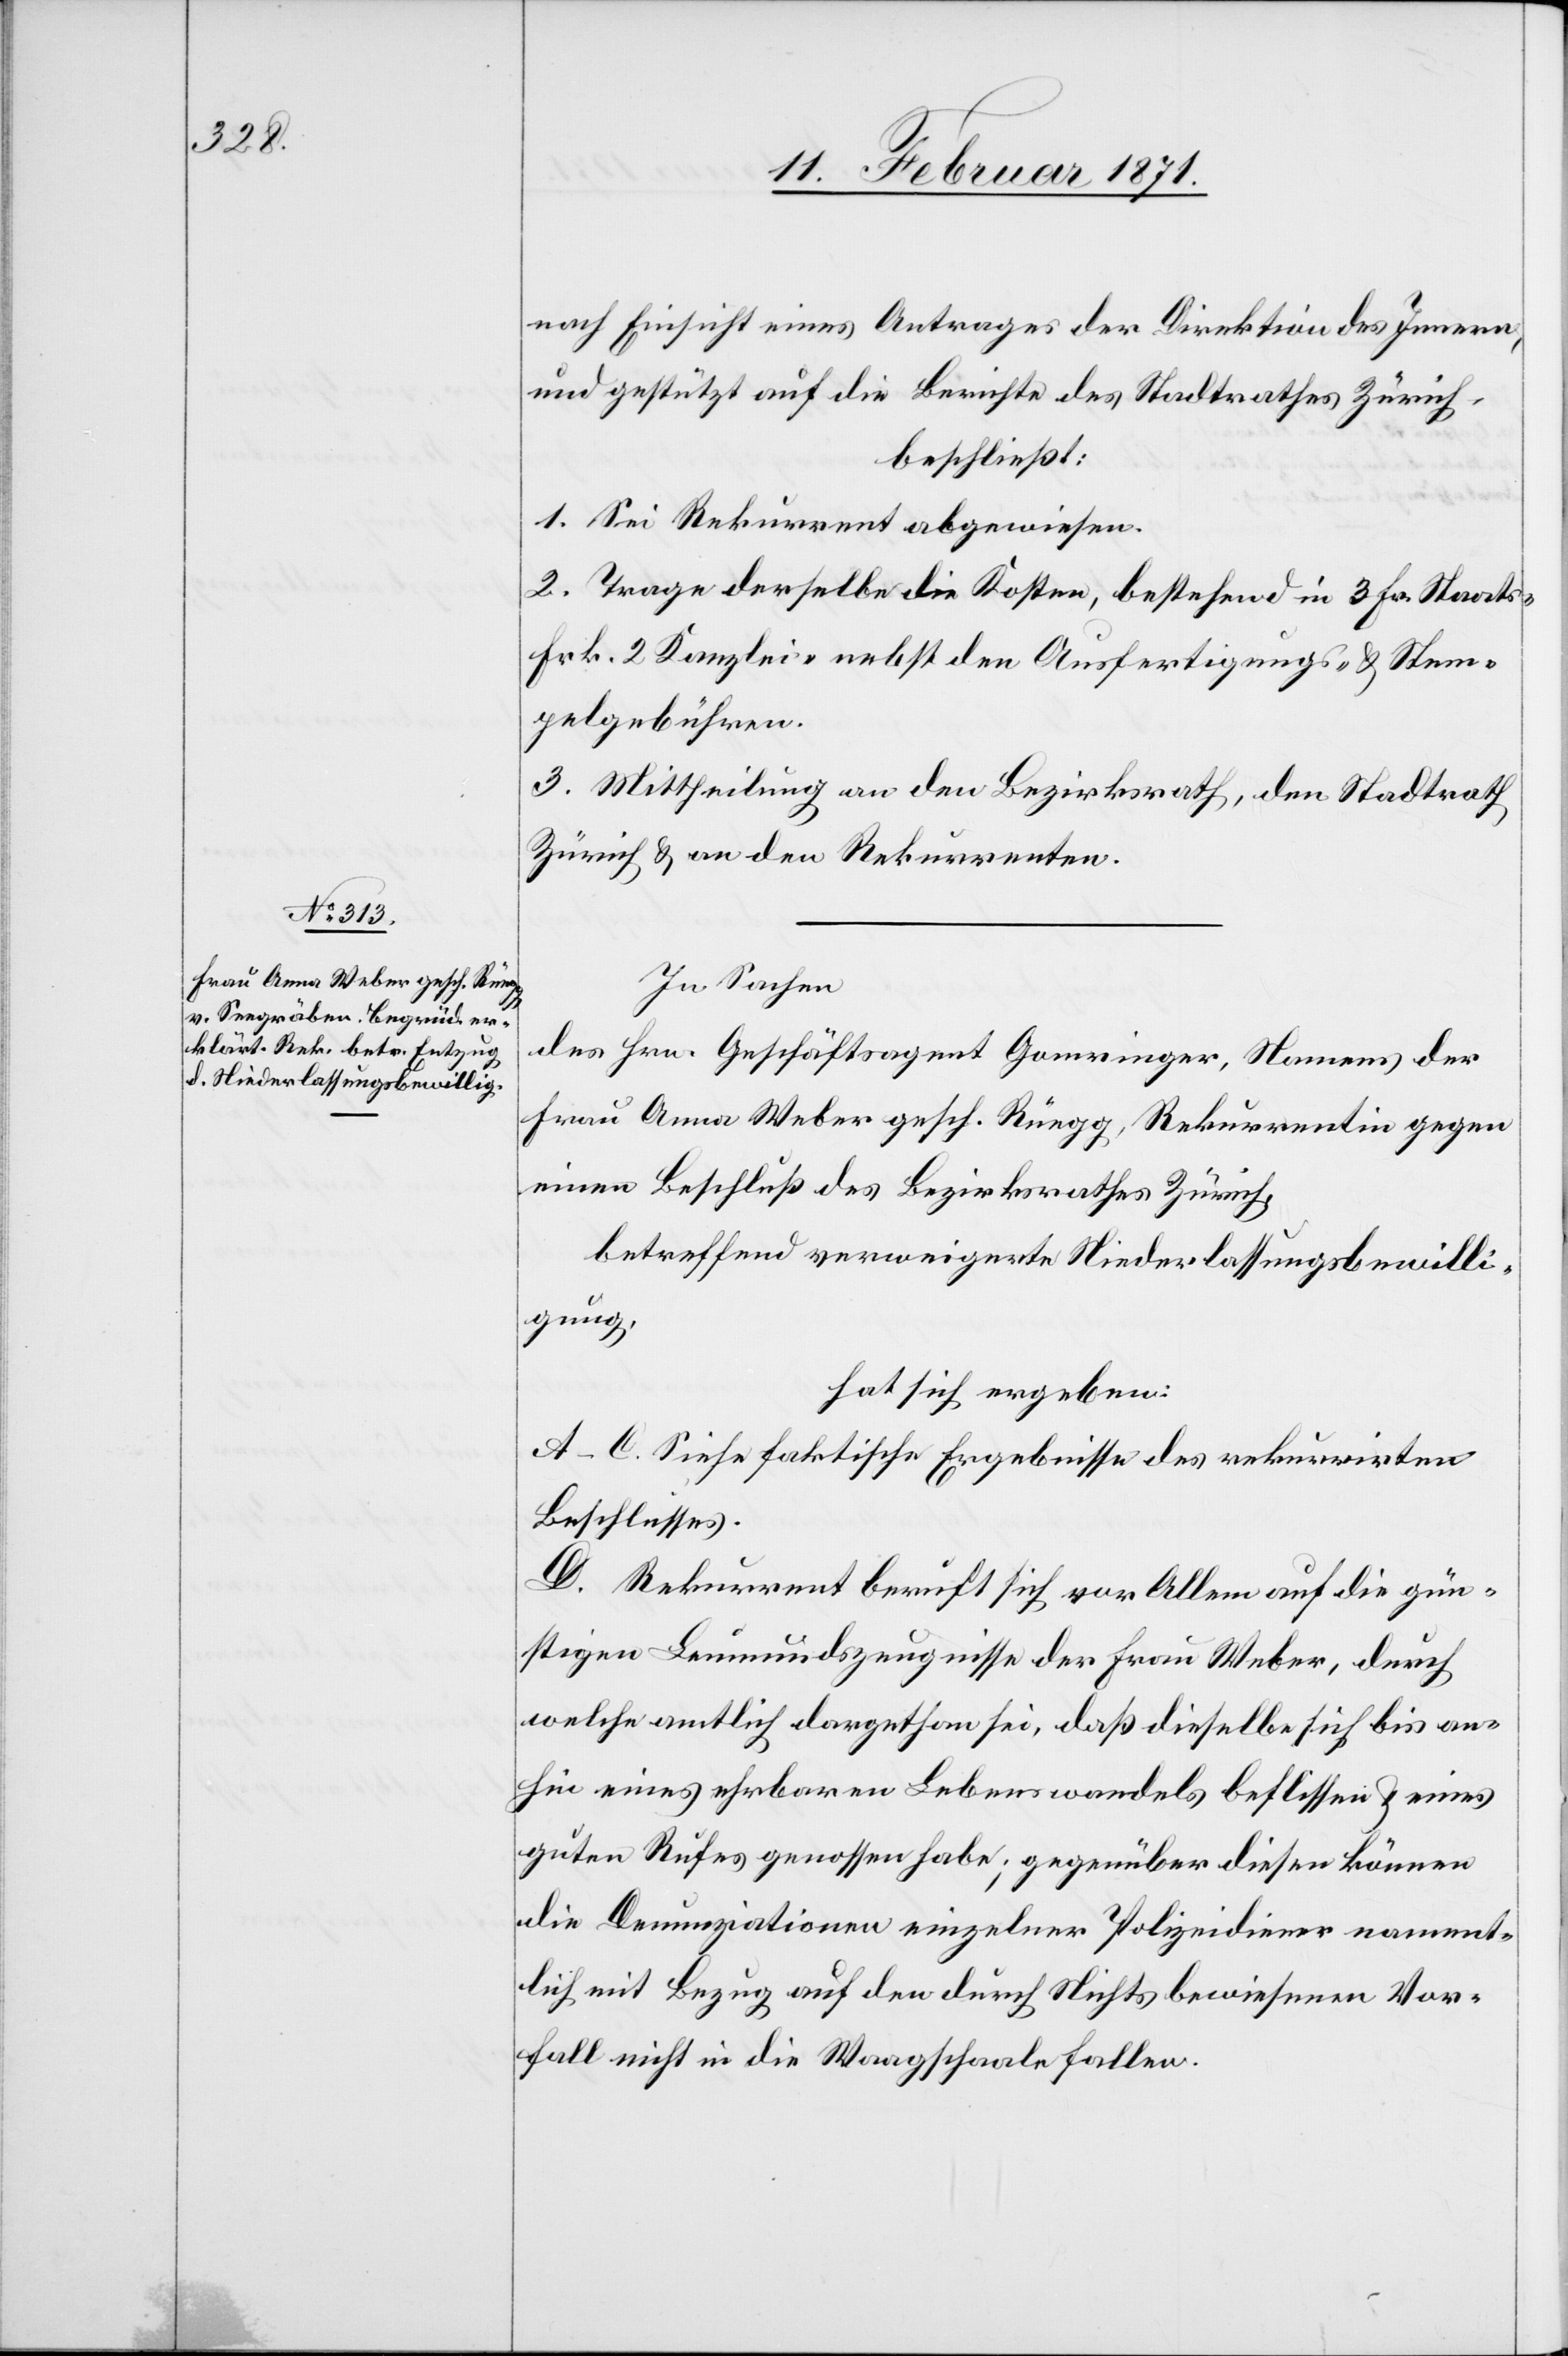
nach Einsicht eines Antrages der Direktion des Innern,
und gestützt auf die Berichte des Stadtrathes Zürich,
beschließt:
1. Sei Rekurrent abgewiesen.
2. Trage derselbe die Kosten, bestehend in 3 Fr. Staats-[,]
Frk. 2 Kanzlei-[,] nebst den Ausfertigungs- u. Stem¬
pelgebühren.
3. Mittheilung an den Bezirksrath, den Stadtrath
Zürich u. an den Rekurrenten.
In Sachen
des Hrn. Geschäftsagent Gomringer, Namens der
Frau Anna Weber gesch. Rüegg, Rekurrentin gegen
einen Beschluß des Bezirksrathes Zürich,
betreffend verweigerte Niederlassungsbewilli¬
gung,
hat sich ergeben:
A–C. Siehe faktische Ergebnisse des rekurrirten
Beschlusses.
D. Rekurrent beruht sich vor Allem auf die gün¬
stigen Leumundszeugnisse der Frau Weber, durch
welche amtlich dargethan sei, daß dieselbe sich bis an¬
hin eines ehrbaren Lebenswandels befliessen u. eines
guten Rufes genossen habe; gegenüber diesen können
die Denunziationen einzelner Polizeidiener nament¬
lich mit Bezug auf den durch Nichts bewiesenen Vor¬
fall nicht in die Waagschaale fallen.